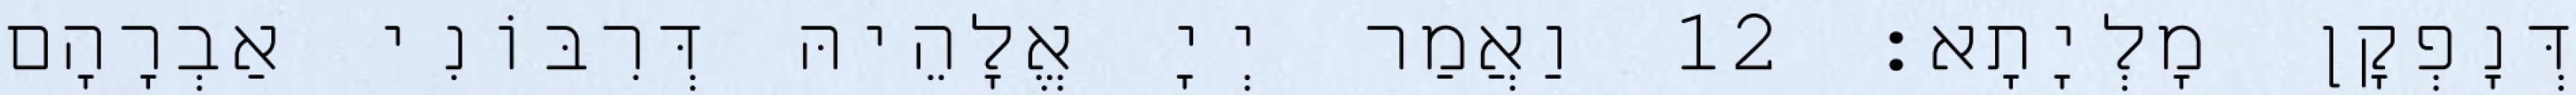
דְּנָפְקָן מָלְיָתָא׃ 12 וַאֲמַר יְיָ אֱלָהֵיהּ דְּרִבּוֹנִי אַבְרָהָם